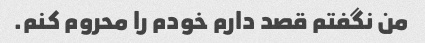
من نگفتم قصد دارم خودم را محروم کنم.